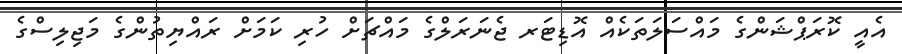
އެއީ ކޮރަޕްޝަންގެ މައްސަލަތަކެއް އޮޑިޓަރ ޖެނަރަލްގެ މައްޗަށް ހުރި ކަމަށް ރައްޔިތުންގެ މަޖިލިސްގެ